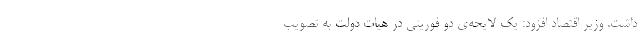
داشت. وزیر اقتصاد افزود: یک لایحه‌ی دو فوریتی در هیات دولت به تصویب